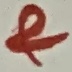
Text: &